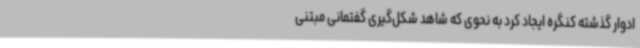
ادوار گذشته کنگره ایجاد کرد به نحوی که شاهد شکل‌گیری گفتمانی مبتنی